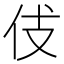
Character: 𠇞